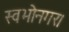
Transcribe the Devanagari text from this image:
स्वभोनगर।